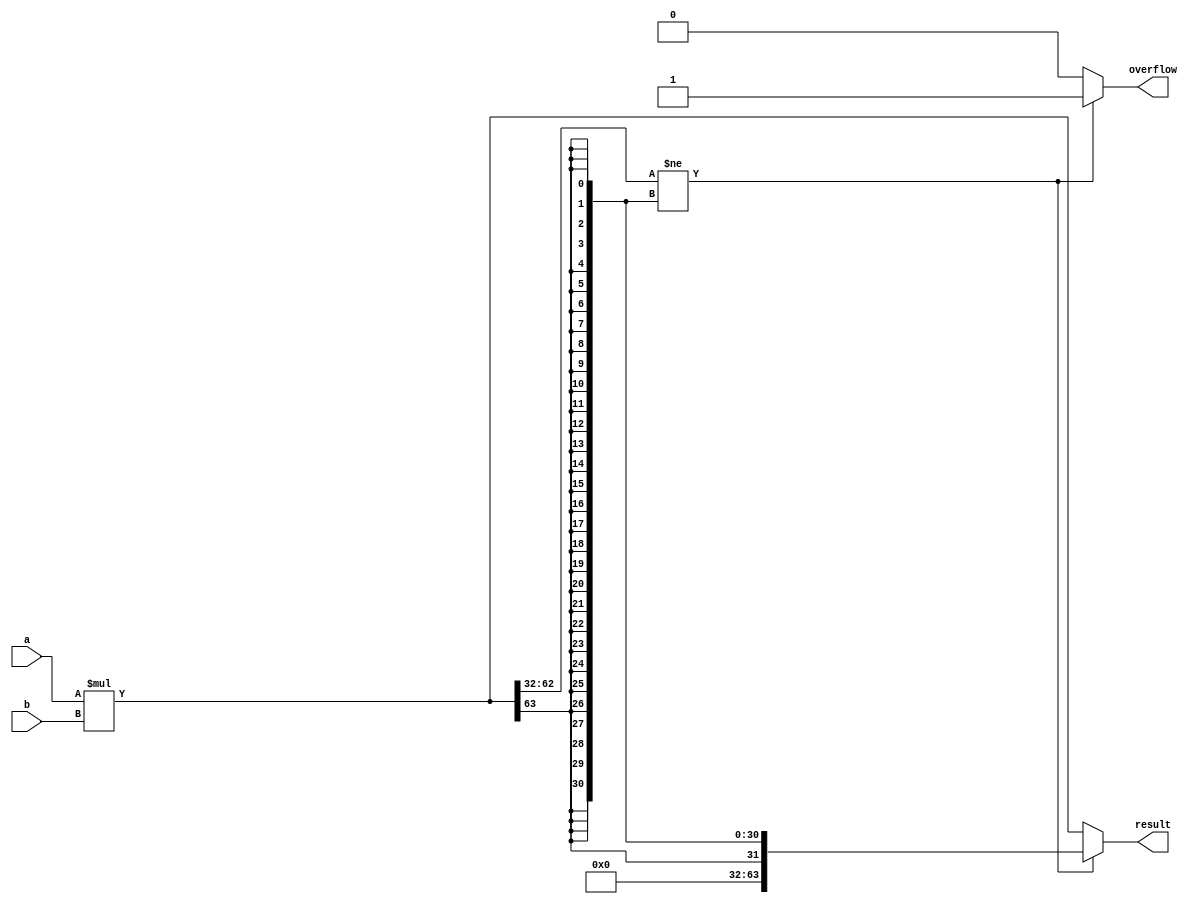
module signed_multiplier (
    input signed [31:0] a,
    input signed [31:0] b,
    output signed [63:0] result,
    output reg overflow
);

reg signed [63:0] temp_result;

always @(*) begin
    temp_result = a * b;
    if (temp_result[63:32] != {32{temp_result[63]}}) begin
        overflow = 1;
        result = {32{temp_result[63]}};
    end else begin
        overflow = 0;
        result = temp_result;
    end
end

endmodule